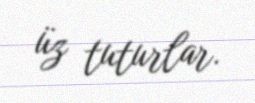
üz tuturlar.